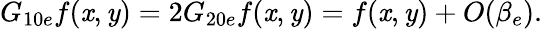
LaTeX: G_{10e}f(\mathit{x},\mathit{y})=2G_{20e}f(\mathit{x},\mathit{y})=f(\mathit{x},\mathit{y})+O(\beta_{e}).